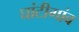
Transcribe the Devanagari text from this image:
घांटीगांव